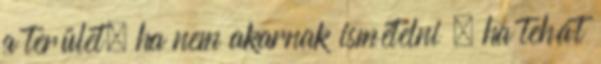
a terület, ha nem akarnak ismételni – ha tehát